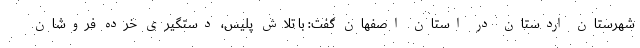
شهرستان اردستان در استان اصفهان گفت: با تلاش پلیس، دستگیری خرده فروشان